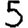
Digit: 5